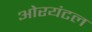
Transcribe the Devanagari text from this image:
ओरयंटल